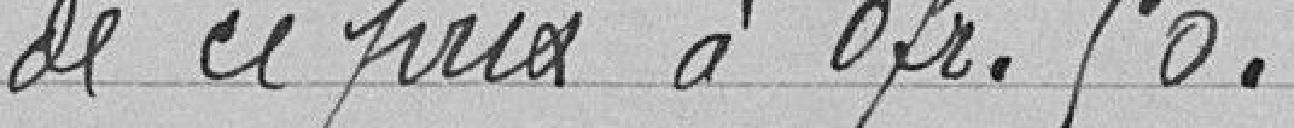
de ce prix à 0 franc 50.